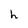
Character: h